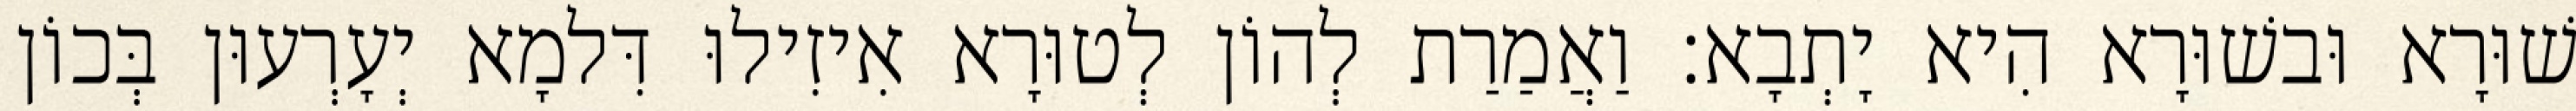
שׁוּרָא וּבשׁוּרָא הִיא יָתְבָא׃ וַאֲמַרַת לְהוֹן לְטוּרָא אִיזִילוּ דִּלמָא יְעָרְעוּן בְּכוֹן